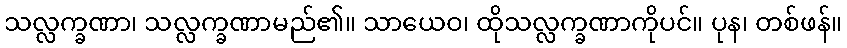
သလ္လက္ခဏာ၊ သလ္လက္ခဏာမည်၏။ သာယေဝ၊ ထိုသလ္လက္ခဏာကိုပင်။ ပုန၊ တစ်ဖန်။